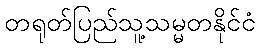
တရုတ်ပြည်သူ့သမ္မတနိုင်ငံ